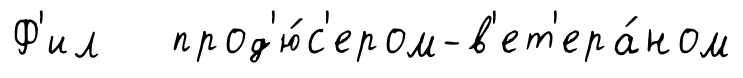
Ф'ил прод'ю́с'ером-в'ет'ера́ном